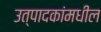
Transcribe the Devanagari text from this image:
उत्पादकांमधील